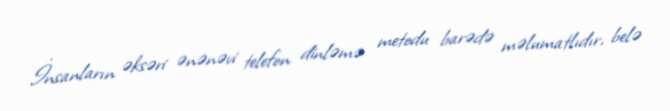
İnsanların əksəri ənənəvi telefon dinləmə metodu barədə məlumatlıdır, belə